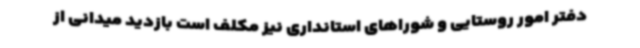
دفتر امور روستایی و شوراهای استانداری نیز مکلف است بازدید میدانی از